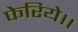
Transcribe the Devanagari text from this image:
फेरिये।।